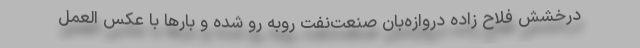
درخشش فلاح زاده دروازه‌بان صنعت‌نفت روبه رو شده و بارها با عکس العمل‌